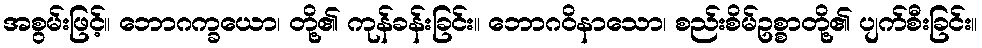
အစွမ်းဖြင့်။ ဘောဂက္ခယော၊ တို့၏ ကုန်ခန်းခြင်း။ ဘောဂဝိနာသော၊ စည်းစိမ်ဥစ္စာတို့၏ ပျက်စီးခြင်း။